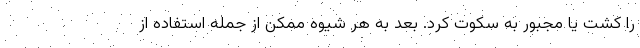
را کشت یا مجبور به سکوت کرد. بعد به هر شیوه ممکن از جمله استفاده از